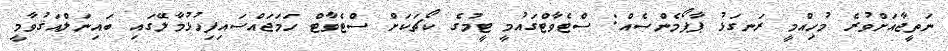
ނަތީޖާއަށްވުރެ މުހިއްމީ ރަނގަޅު ޕާފޯމެންސެއް: ސްޓެވާޓްގައުމީ ޓީމުގެ ކޯޗަކަށް ސްޓެވާޓް ހަމަޖައްސައިފިހުޅުމާލޭގައި ބައިނަލްއަޤުވާމީ